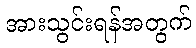
အားသွင်းရန်အတွက်